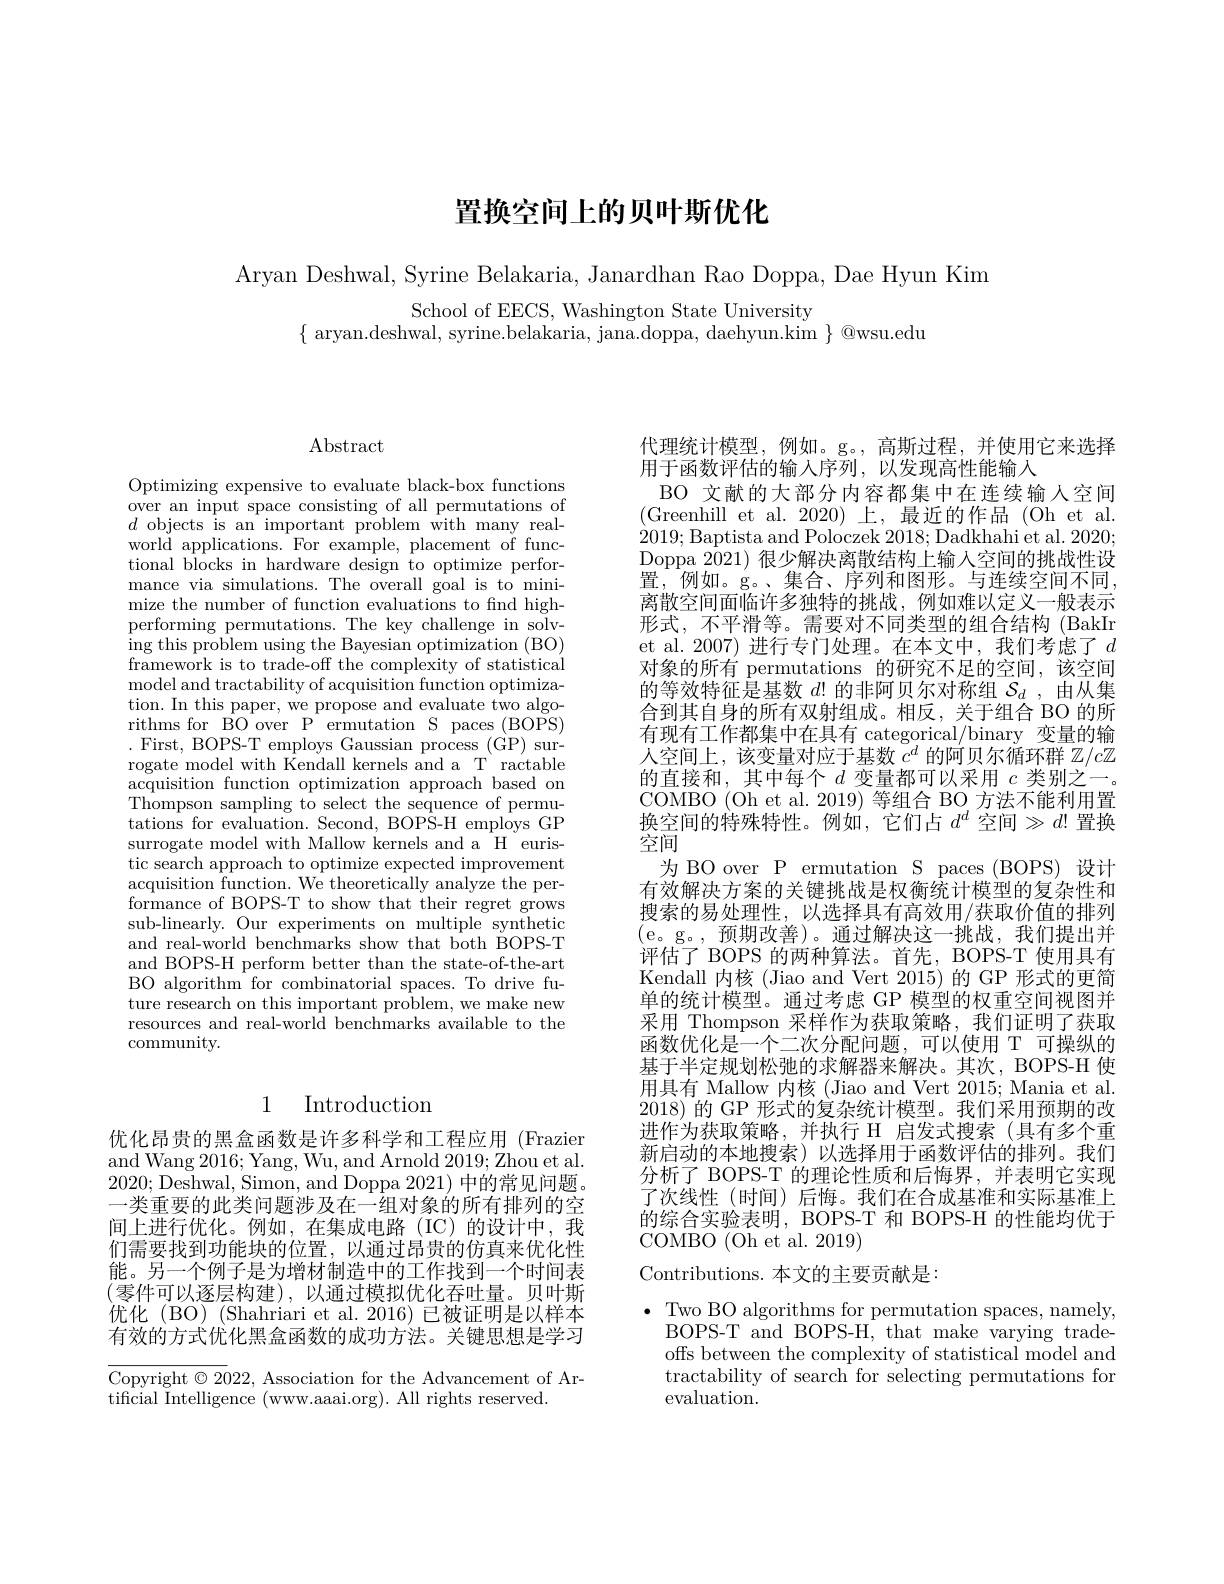
# 置换空间上的贝叶斯优化

Aryan Deshwal, Syrine Belakaria, Janardhan Rao Doppa, Dae Hyun Kim

School of EECS, Washington State University
$\{$ aryan.deshwal, syrine.belakaria, jana.doppa, daehyun.kim $\}$ @wsu.edu

$\operatorname{Abstract}$

Optimizing expensive to evaluate black-box functions over an input space consisting of all permutations of $d$ objects is an important problem with many realworld applications. For example, placement of functional blocks in hardware design to optimize performance via simulations. The overall goal is to minimize the number of function evaluations to find highperforming permutations. The key challenge in solv- $\operatorname{ing}$this problem using the Bayesian optimization (BO) framework is to trade-off the complexity of statistical model and tractability of acquisition function optimization. In this paper, we propose and evaluate two algorithms for BO over P ermutation S paces (BOPS) .First, BOPS-T employs Gaussian process (GP) surrogate model with Kendall kernels and a T ractable acquisition function optimization approach based on $\hat{\text{Thompson sampling to select the sequence of permu-}}$ tations for evaluation. Second, BOPS-H employs GP surrogate model with Mallow kernels and a H euristic search approach to optimize expected improvement $\underset{c}{\operatorname*{\operatorname*{acquisition~function.~We~theoretically~analyze~the~per-}}}$ formance of BOPS-T to show that their regret grows sub-linearly. Our experiments on multiple synthetic and real-world benchmarks show that both BOPS-T and BOPS-H perform better than the state-of-the-art BO algorithm for combinatorial spaces. To drive future research on this important problem, we make new resources and real-world benchmarks available to the community.

## 1 Introduction

优化昂贵的黑盒函数是许多科学和工程应用 (Frazier and Wang 2016; Yang, Wu, and Arnold 2019; Zhou et al. 2020;Deshwal, Simon, and Doppa 2021)中的常见问题。一类重要的此类问题涉及在一组对象的所有排列的空间上进行优化。例如，在集成电路(IC)的设计中，我们需要找到功能块的位置，以通过昂贵的仿真来优化性能。另一个例子是为增材制造中的工作找到一个时间表(零件可以逐层构建),以通过模拟优化吞吐量。贝叶斯优化(BO)(Shahriari et al. 2016) 已被证明是以样本有效的方式优化黑盒函数的成功方法。关键思想是学习

Copyright $\odot2022$, Association for the Advancement of Ar-
tificial Intelligence (www.aaai.org). All rights reserved.

代理统计模型，例如。g。,高斯过程，并使用它来选择
用于函数评估的输入序列，以发现高性能输入
BO 文献的大部分内容都集中在连续输入空间(Greenhill et al. 2020)上，最近的作品(Oh et al. 2019;Baptista and Poloczek 2018; Dadkhahi et al. 2020; Doppa 2021)很少解决离散结构上输入空间的挑战性设置，例如。g。、集合、序列和图形。与连续空间不同， 离散空间面临许多独特的挑战，例如难以定义一般表示形式，不平滑等。需要对不同类型的组合结构(BakIr et al.2007)进行专门处理。在本文中，我们考虑了$d$ 对象的所有 permutations 的研究不足的空间，该空间的等效特征是基数$d!$的非阿贝尔对称组$S_d$,由从集合到其自身的所有双射组成。相反，关于组合 BO 的所有现有工作都集中在具有 categorical/binary 变量的输人空间上，该变量对应于基数$c^d$的阿贝尔循环群$\mathbb{Z}/c\mathbb{Z}$ 的直接和，其中每个$d$变量都可以采用$c$类别之一。COMBO (Oh et al. 2019) 等组合 BO 方法不能利用置换空间的特殊特性。例如，它们占$d^d$空间$\gg d!$置换空间
为 BO over P ermutation S paces (BOPS) 设计有效解决方案的关键挑战是权衡统计模型的复杂性和搜索的易处理性，以选择具有高效用/获取价值的排列(e。g。,预期改善)。通过解决这一挑战，我们提出并评估了 BOPS 的两种算法。首先，BOPS-T 使用具有Kendall 内核 (Jiao and Vert 2015)的 GP 形式的更简单的统计模型。通过考虑 GP 模型的权重空间视图并采用 Thompson 采样作为获取策略，我们证明了获取函数优化是一个二次分配问题，可以使用 T 可操纵的基于半定规划松弛的求解器来解决。其次，BOPS-H 使用具有 Mallow 内核 (Jiao and Vert 2015; Mania et al 2018) 的 GP 形式的复杂统计模型。我们采用预期的改进作为获取策略，并执行 H 启发式搜索(具有多个重新启动的本地搜索)以选择用于函数评估的排列。我们分析了 BOPS-T 的理论性质和后悔界，并表明它实现了次线性 (时间) 后悔。我们在合成基准和实际基准上的综合实验表明，BOPS-T 和 BOPS-H 的性能均优于COMBO (Oh et al. 2019)
Contributions. 本文的主要贡献是：
$\bullet$ Two BO algorithms for permutation spaces, namely, BOPS-T and BOPS-H, that make varying trade-

offs between the complexity of statistical model and tractability of search for selecting permutations for evaluation.